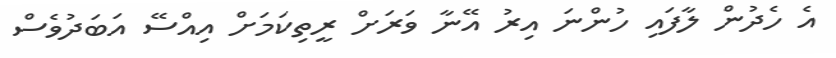
އެ ހެދުން ލާފައި ހުންނަ އިރު އޭނާ ވަރަށް ރީތިކަމަށް އިއްސޭ އަބަދުވެސް